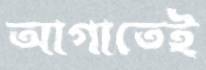
আগাতেই